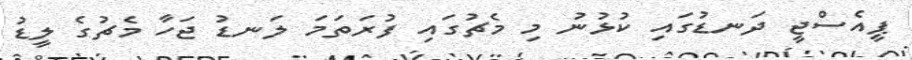
ޕީއެސްޖީ ދަނޑުގައި ކުޅުނު މި މެޗުގައި ފުރަތަމަ ލަނޑު ޖަހާ މެޗުގެ ލީޑު